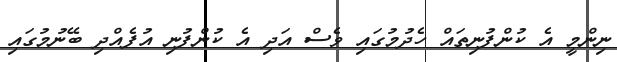
ނިންމީ އެ ކުންފުނިތައް ހެދުމުގައި ވެސް އަދި އެ ކުންފުނި އުފެއްދި ބޭނުމުގައި